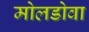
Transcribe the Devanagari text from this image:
मोलडोवा